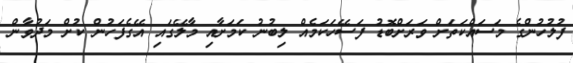
ފުލުހުންގެ މަސައްކަތަށް ވަރަށްބޮޑު ފަސޭހަކަމެއް ލިބުނު ކަމަށާއި މާލޭގައި އޭގެފަހުން ކުށް މަދުވާން